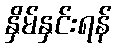
နှိမ်နှင်းရန်